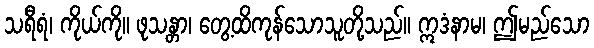
သရီရံ၊ ကိုယ်ကို။ ဖုသန္တာ၊ တွေ့ထိကုန်သောသူတို့သည်။ ဣဒံနာမ၊ ဤမည်သော